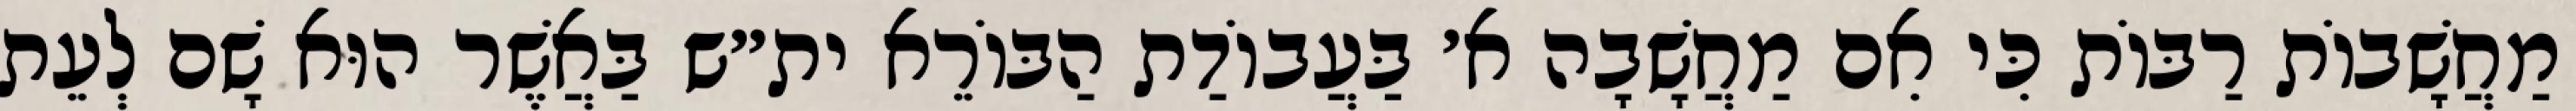
מַחֲשָׁבוֹת רַבּוֹת כִּי אִם מַחֲשָׁבָה א׳ בַּעֲבוֹדַת הַבּוֹרֵא ית״ש בַּאֲשֶׁר הוּא שָׁם לְעֵת